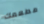
مطعمك